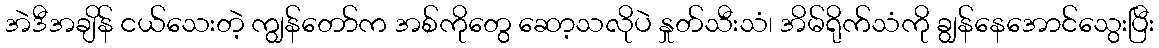
အဲဒီအချိန် ငယ်သေးတဲ့ ကျွန်တော်က အစ်ကိုတွေ ဆော့သလိုပဲ နှုတ်သီးသံ၊ အိမ်ရိုက်သံကို ချွန်နေအောင်သွေးပြီး